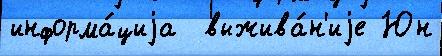
информа́циjа  выжива́н'иjе Юн